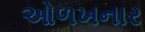
ઓળખનાર